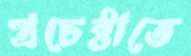
প্রচেষ্টাতে